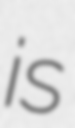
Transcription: is